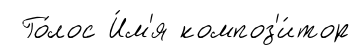
Го́лос И́м'я композ'и́тор